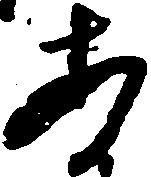
あ